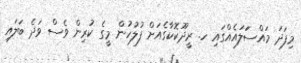
މިފަދަ މައްސަަލައެއްގައި ހ. ރީދޫކޮކާގެއަށް ފުލުހުން މީގެ ކުރިން ވެސް ވަދެ ބަލައި